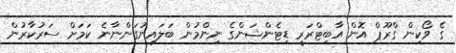
ގެ ވޯކިން ގްރޫޕް އޮން އާބިޓްރަރީ ޑިޓެންޝަންގެ ނިންމުން ބަލައިނުގަންނާނެ ކަމަށް ސަރުކާރުން